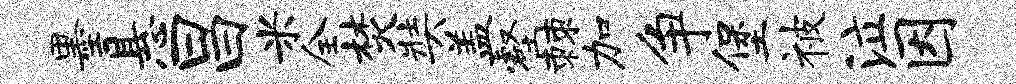
墨悬昌米全焚奘盖壑棘加争堡被泣因